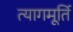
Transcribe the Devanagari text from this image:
त्यागमूर्ति